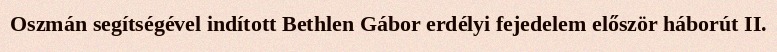
Oszmán segítségével indított Bethlen Gábor erdélyi fejedelem először háborút II.